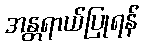
အန္တရာယ်ပြုရန်